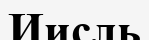
Иисль